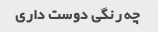
چه رنگی دوست داری